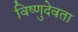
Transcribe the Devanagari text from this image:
विष्णुदेवता